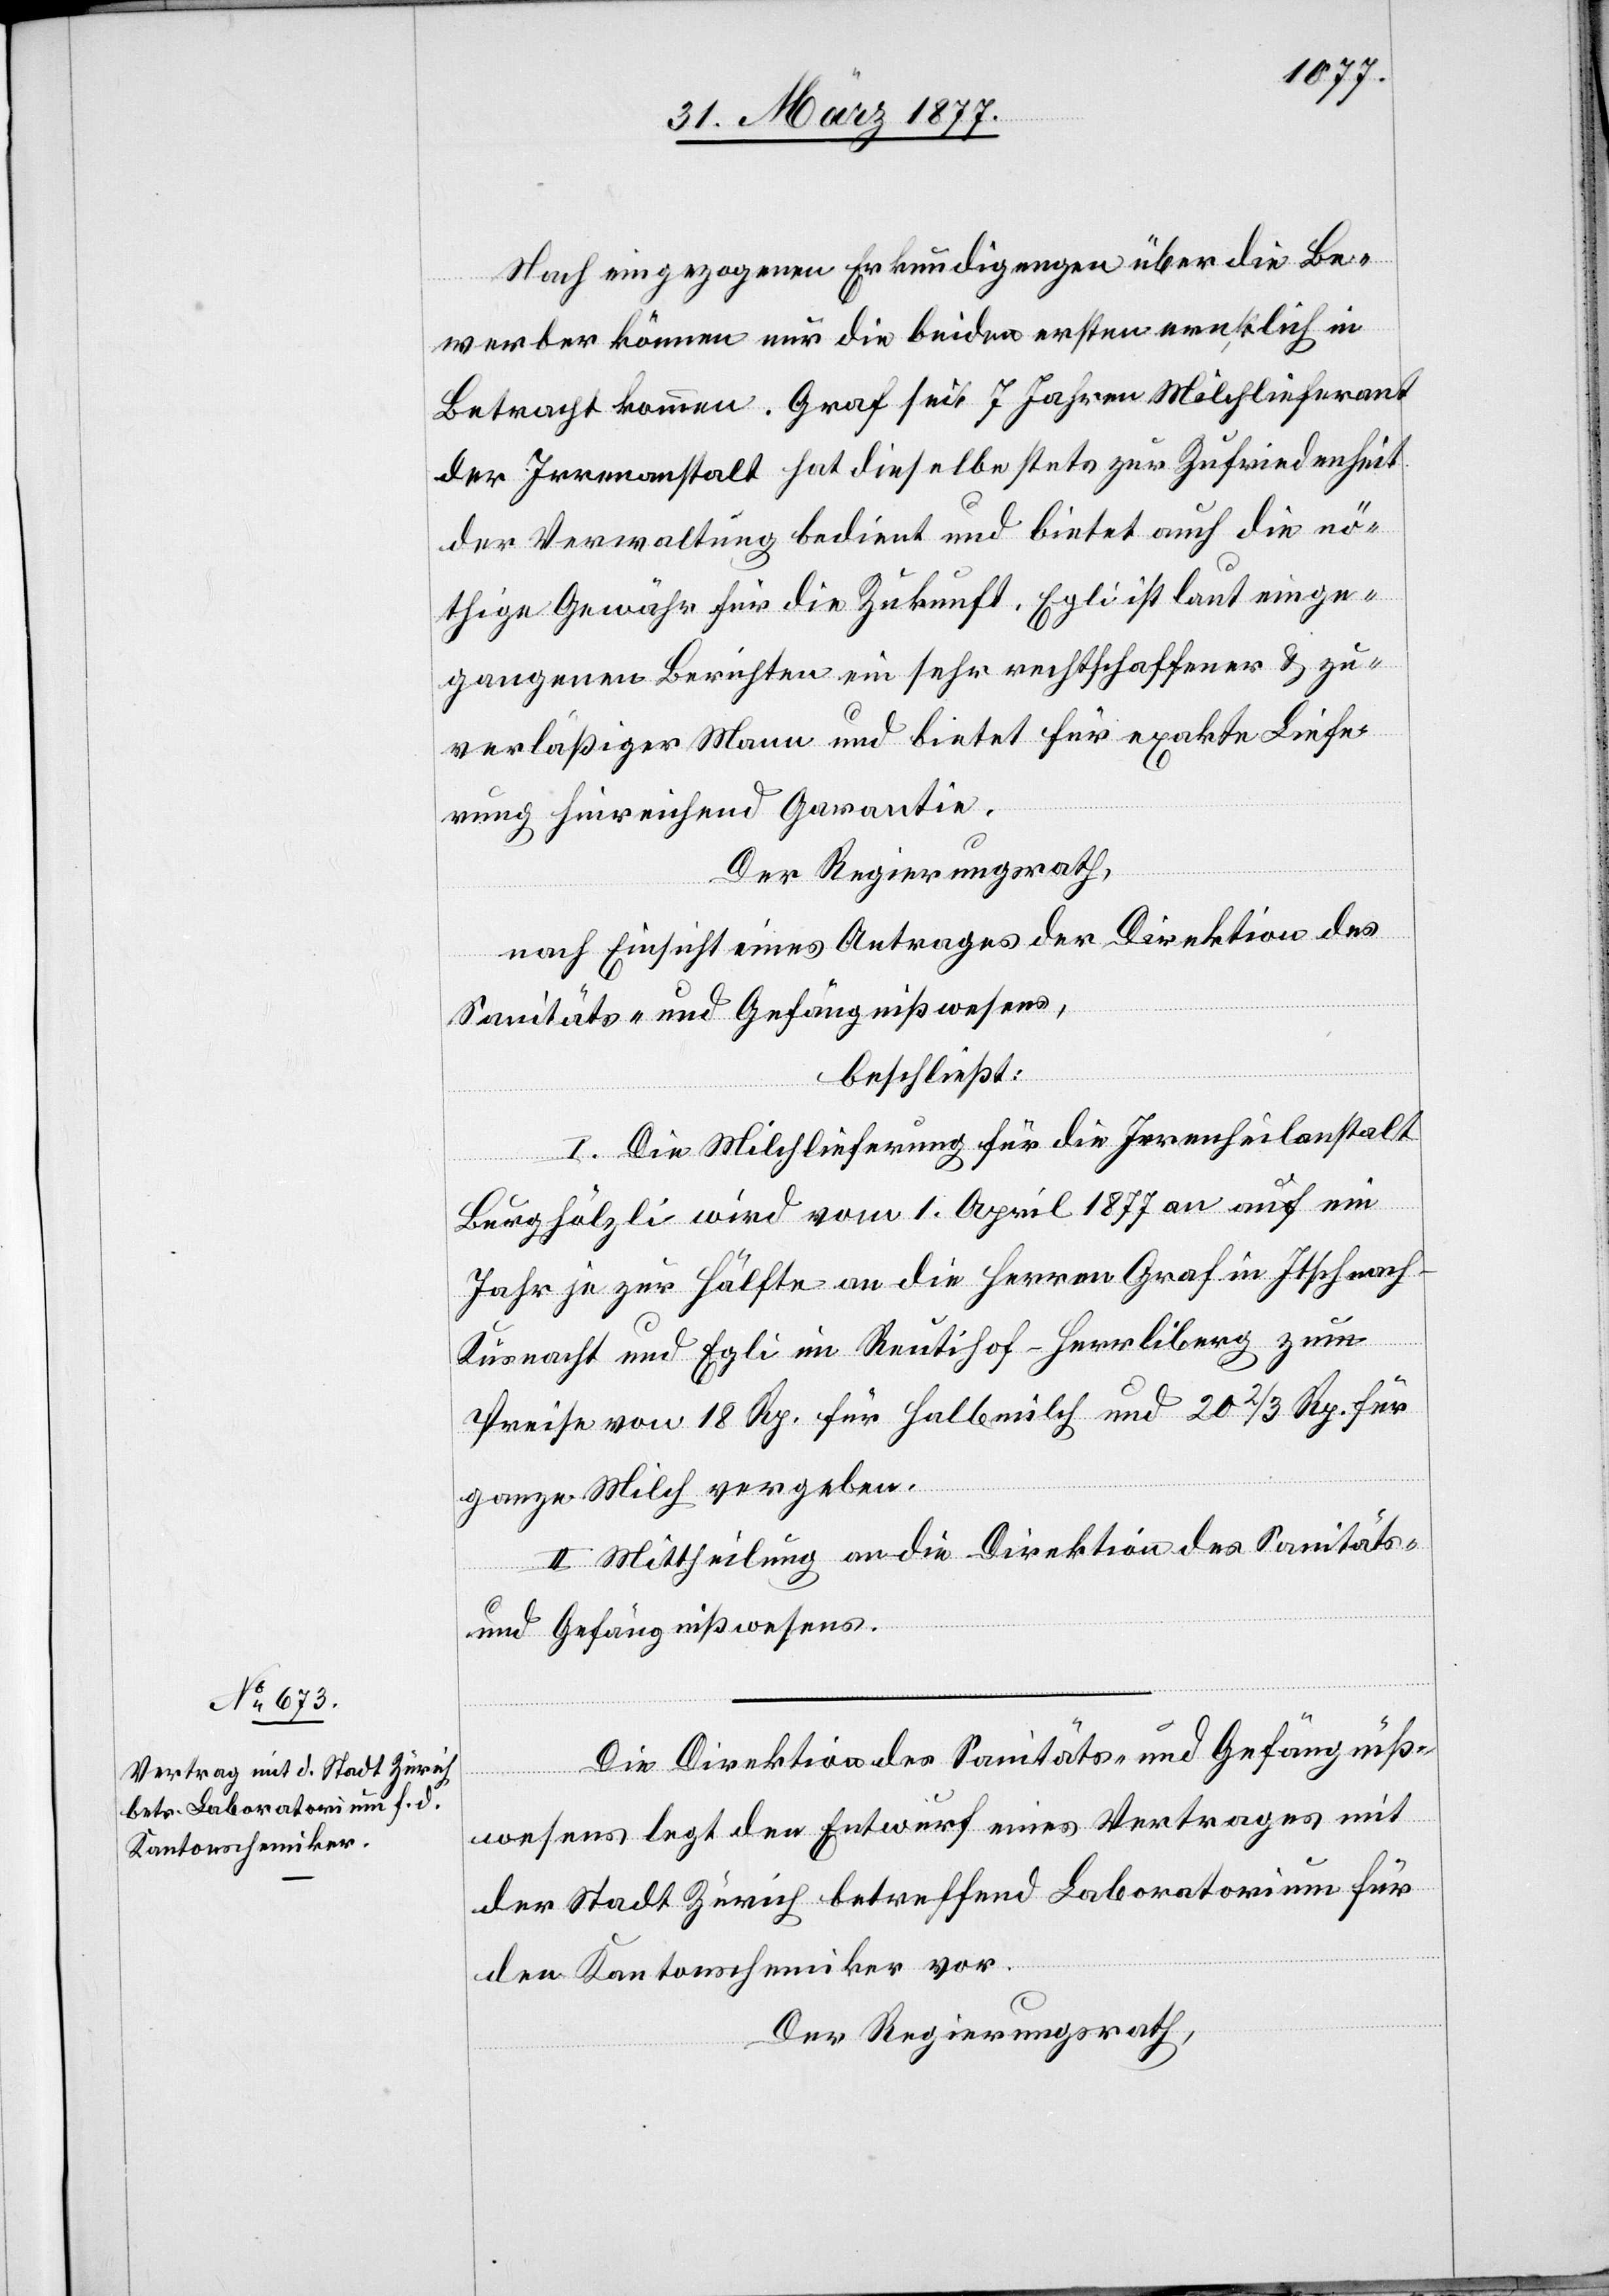
Nach eingezogenen Erkundigungen über die Be¬
werber können nur die beiden ersten ernstlich in
Betracht kommen. Graf seit 7 Jahren Milchlieferant
der Irrenanstalt hat dieselbe stets zur Zufriedenheit
der Verwaltung bedient und bietet auch die nö¬
thige Gewähr für die Zukunft. Egli ist laut einge¬
zogenen Berichten ein sehr rechtschaffener & zu¬
verläßiger Mann und bietet für exakte Liefe¬
rung hinreichend Garantie.
Der Regierungsrath,
nach Einsicht eines Antrages der Direktion des
Sanitäts- und Gefängnißwesens,
beschließt:
I. Die Milchlieferung für die Irrenheilanstalt
Burghölzli wird vom 1. April 1877 an auf ein
Jahr je zur Hälfte an die Herren Graf in Itschnach
Küsnacht und Egli im Reutihof [sic!] - Herrliberg zum
Preise von 18 Rp. für Halbmilch und 20 2/3 Rp. für
ganze Milch vergeben.
II. Mittheilung an die Direktion des Sanitäts-
und Gefängnißwesens.
Die Direktion des Sanitäts- und Gefängniß¬
wesens legt den Entwurf eines Vertrages mit
der Stadt Zürich betreffend Laboratorium für
den Kantonschemiker vor.
Der Regierungsrath,